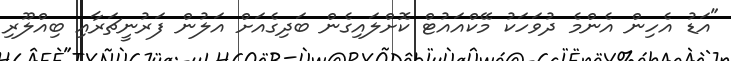
"އަޑު އެހިން އެންމެ ދުވަހަކު މޭކްއައުޓް ކޮށްލައިގެން ބަދިގެއަށް އަލުން ފަރުނީޗަރާއި ބިއްލޫރި